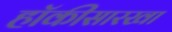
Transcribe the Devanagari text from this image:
हॉकीसारखा